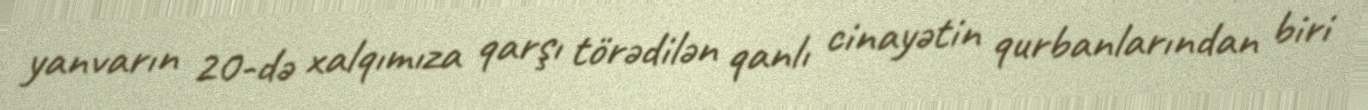
yanvarın 20-də xalqımıza qarşı törədilən qanlı cinayətin qurbanlarından biri